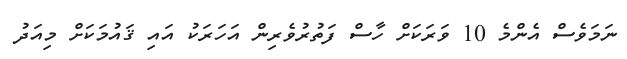
ނަމަވެސް އެންމެ 10 ވަރަކަށް ހާސް ފަތުރުވެރިން އަހަރަކު އައި ޤައުމަކަށް މިއަދު